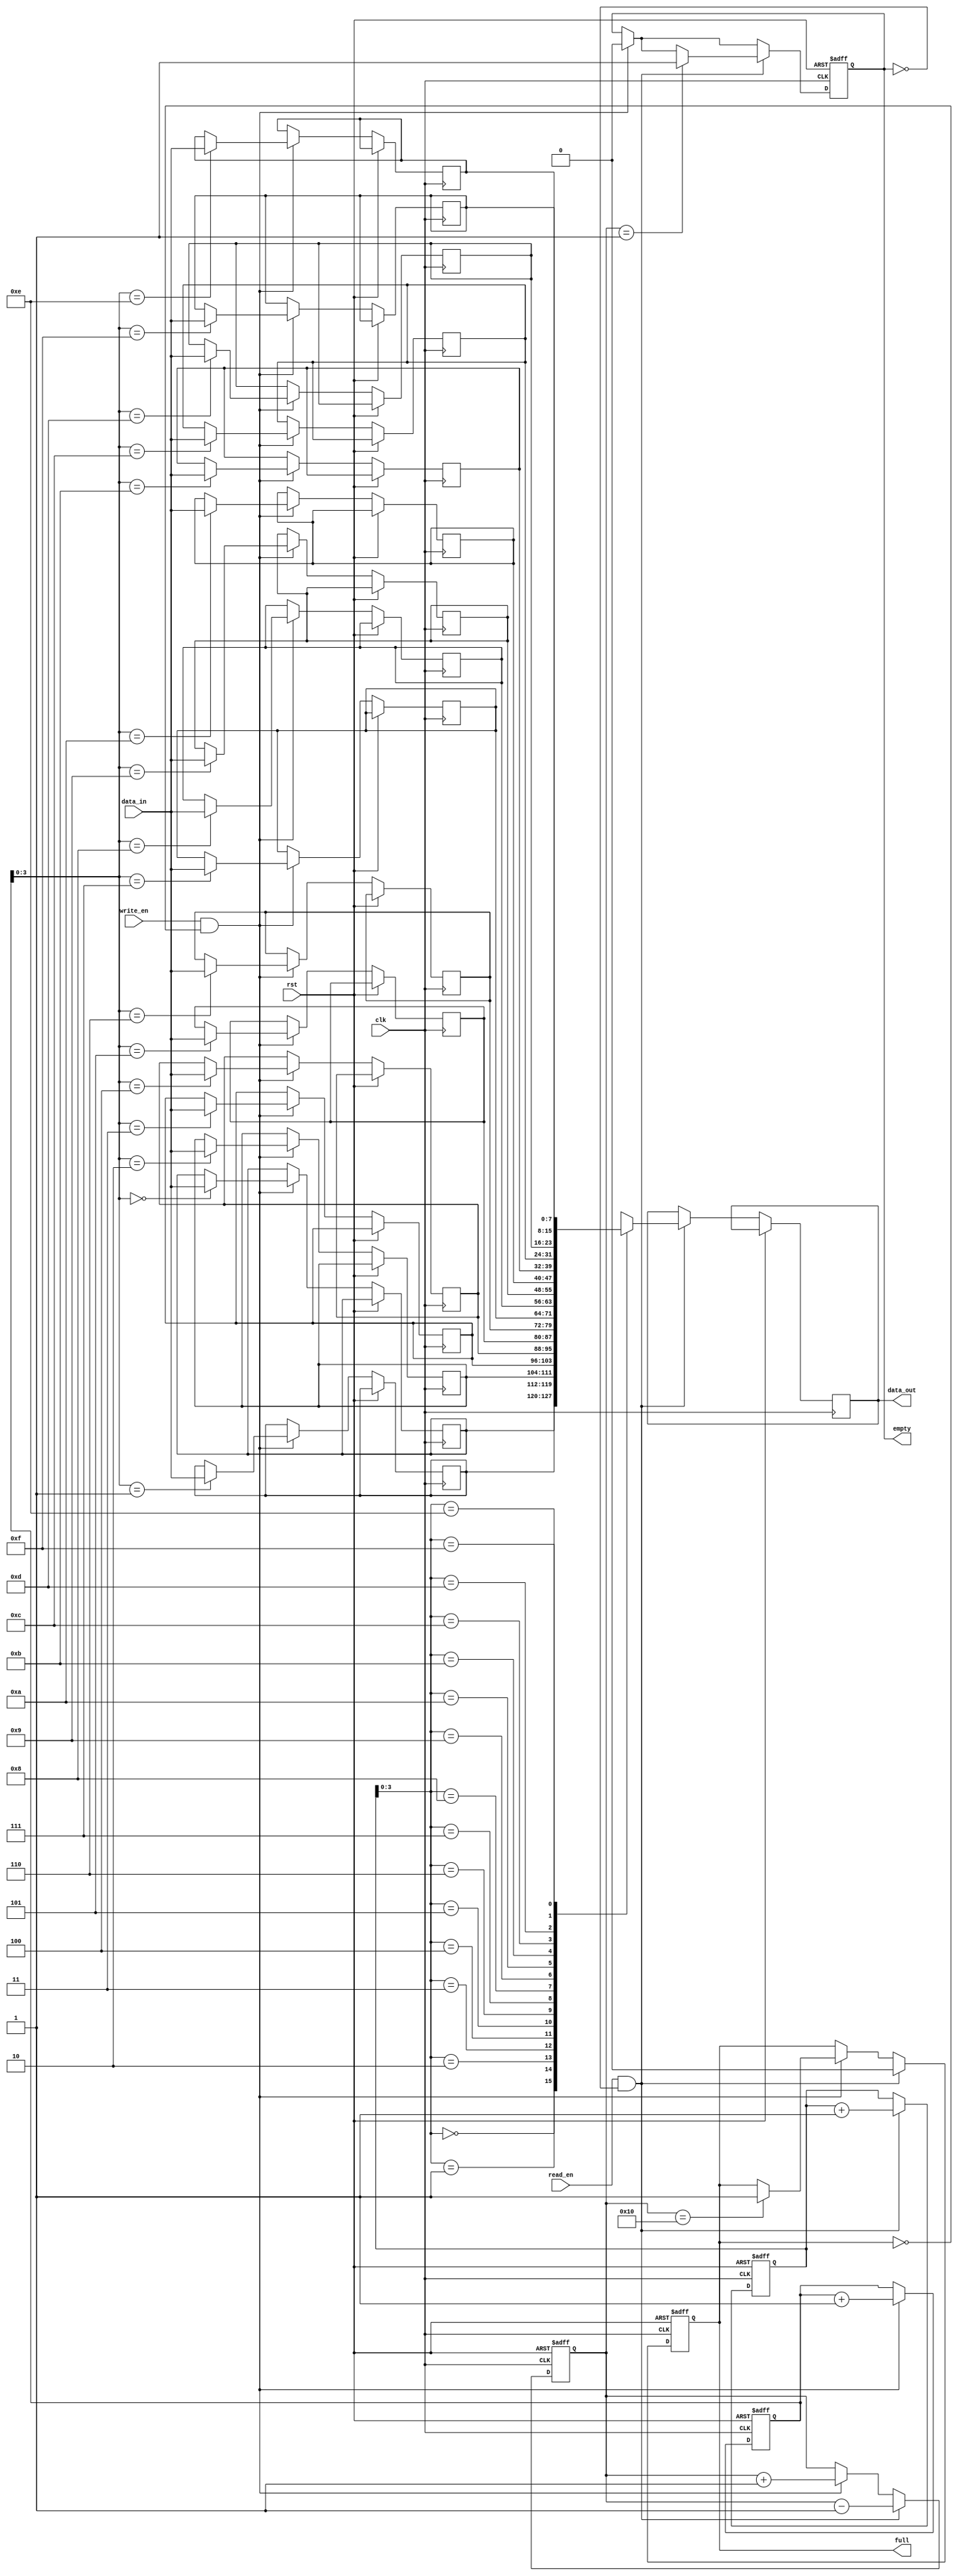
module fifo_buffer (
    input clk,
    input rst,
    input write_en,
    input read_en,
    input [7:0] data_in,
    output reg [7:0] data_out,
    output reg full,
    output reg empty
);

parameter WIDTH = 8;
parameter DEPTH = 16;

reg [WIDTH-1:0] memory [0:DEPTH-1];
reg [4:0] write_ptr;
reg [4:0] read_ptr;
reg [4:0] count;

always @ (posedge clk or posedge rst)
begin
    if (rst) begin
        write_ptr <= 0;
        read_ptr <= 0;
        count <= 0;
        full <= 0;
        empty <= 1;
    end
    else begin
        if (write_en && !full) begin
            memory[write_ptr] <= data_in;
            write_ptr <= write_ptr + 1;
            count <= count + 1;
            if (count == DEPTH)
                full <= 1;
            empty <= 0;
        end
        
        if (read_en && !empty) begin
            data_out <= memory[read_ptr];
            read_ptr <= read_ptr + 1;
            count <= count - 1;
            if (count == 1)
                empty <= 1;
            full <= 0;
        end
    end
end

endmodule